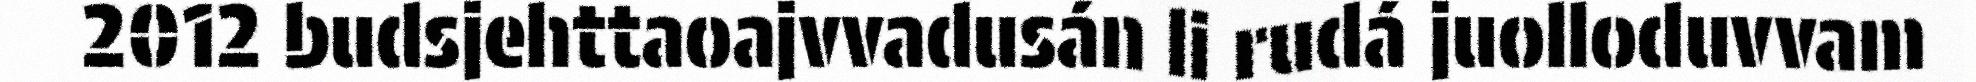
2012 budsjehttaoajvvadusán li rudá juolloduvvam